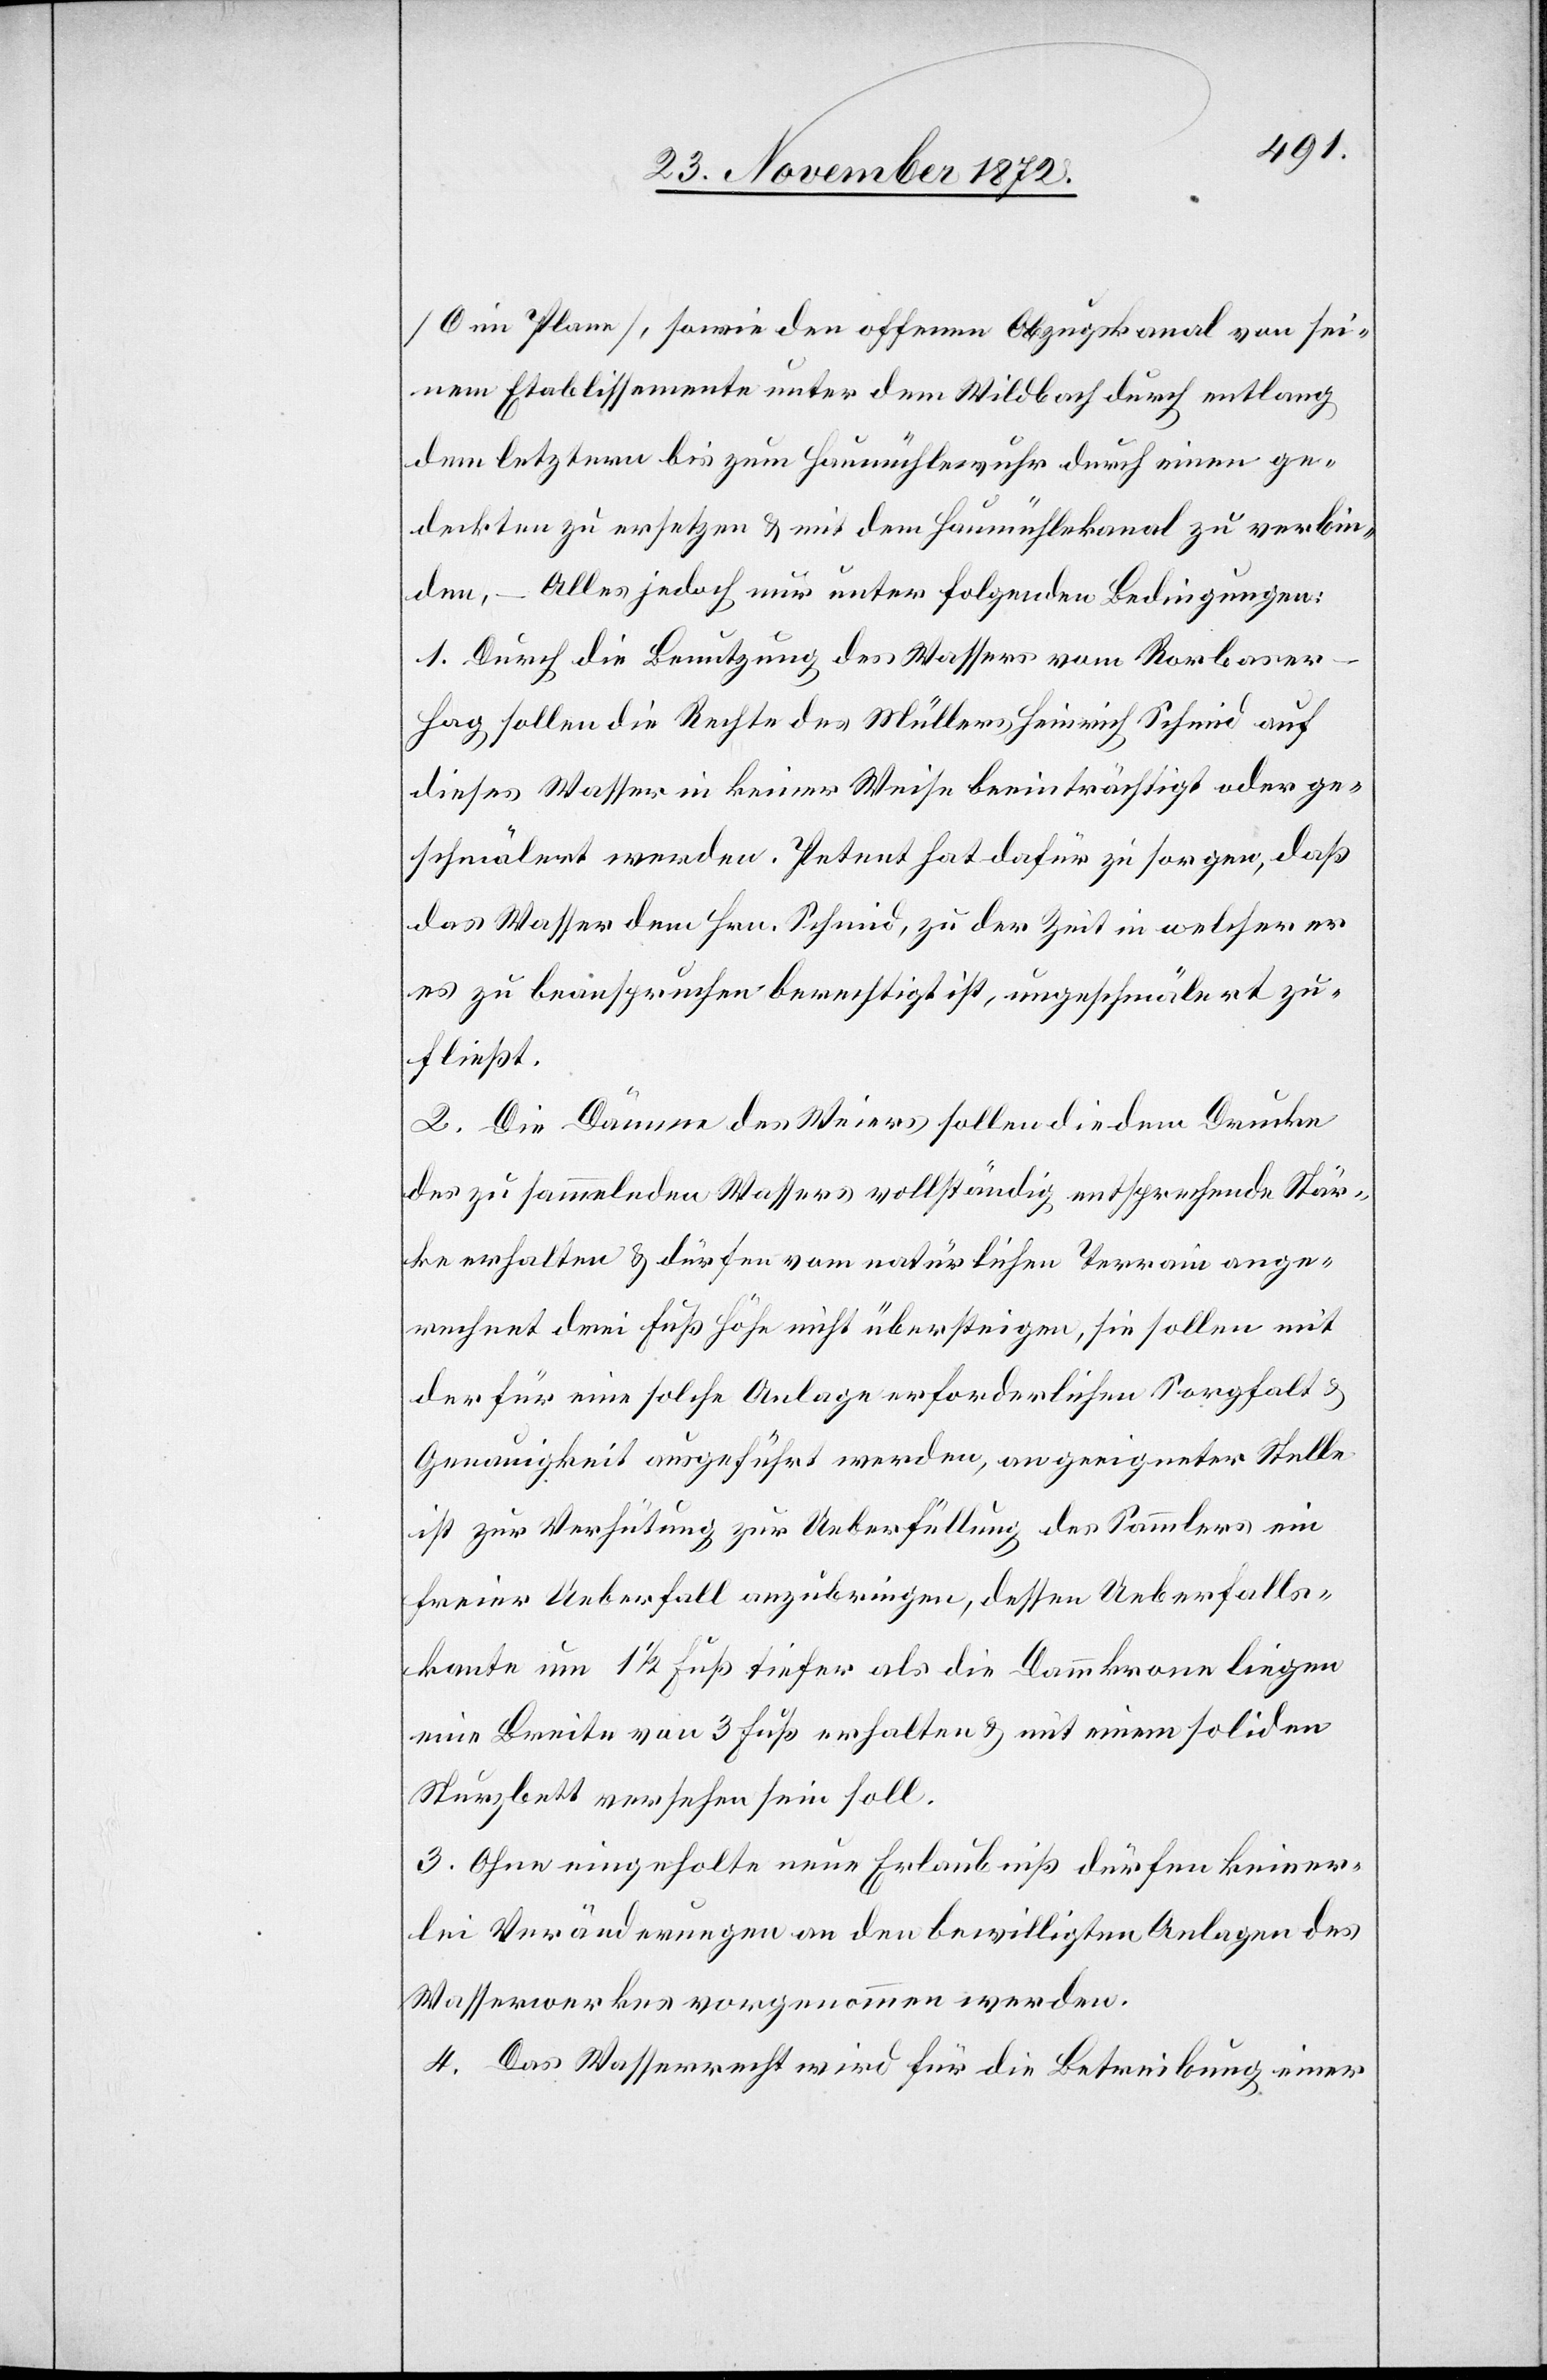
[O im Plane], sowie den offenen Abzugskanal von sei¬
nem Etablissemente unter dem Wildbach durch entlang
dem letztern bis zum Haumühlewuhr durch einen ge¬
deckten zu ersetzen u. mit dem Haumühlekanal zu verbin¬
den, – Alles jedoch nur unter folgenden Bedingungen:
1. Durch die Benutzung des Wassers vom Rorbaser-H¬
ag sollen die Rechte des Müllers Heinrich Schmid auf
dieses Wasser in keiner Weise beeinträchtigt oder ge¬
schmälert werden. Petent hat dafür zu sorgen, daß
das Wasser dem Hrn. Schmid, zu der Zeit in welcher er
es zu beanspruchen berechtigt ist, ungeschmälert zu¬
fließt.
2. Die Dämme des Weiers sollen die dem Drucke
des zu sammelnden Wassers vollständig entsprechende Stär¬
ke erhalten u. dürfen vom natürlichen Terrain ange¬
rechnet drei Fuß Höhe nicht übersteigen, sie sollen mit
der für eine solche Anlage erforderlichen Sorgfalt u.
Genauigkeit ausgeführt werden, angeeigneter Stelle
ist zur Verhütung zur Ueberfüllung des Sammlers ein
freier Ueberfall anzubringen, dessen Ueberfalls¬
kante um 1 1/2 Fuß tiefer als die Dammkrone liegen
eine Breite von 3 Fuß erhalten u. mit einem soliden
Sturzbett versehen sein soll.
3. Ohne eingeholte neue Erlaubniß dürfen keiner¬
lei Veränderungen an den bewilligten Anlagen des
Wasserwerkes vorgenommen werden.
4. Das Wasserrecht wird für die Betreibung einer